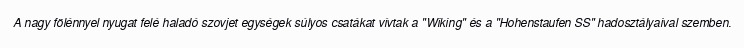
A nagy fölénnyel nyugat felé haladó szovjet egységek súlyos csatákat vívtak a "Wiking" és a "Hohenstaufen SS" hadosztályaival szemben.